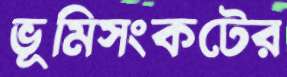
ভূমিসংকটের